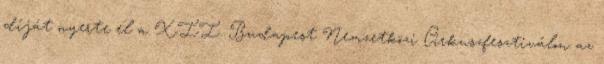
díját nyerte el a XII. Budapest Nemzetközi Cirkuszfesztiválon az